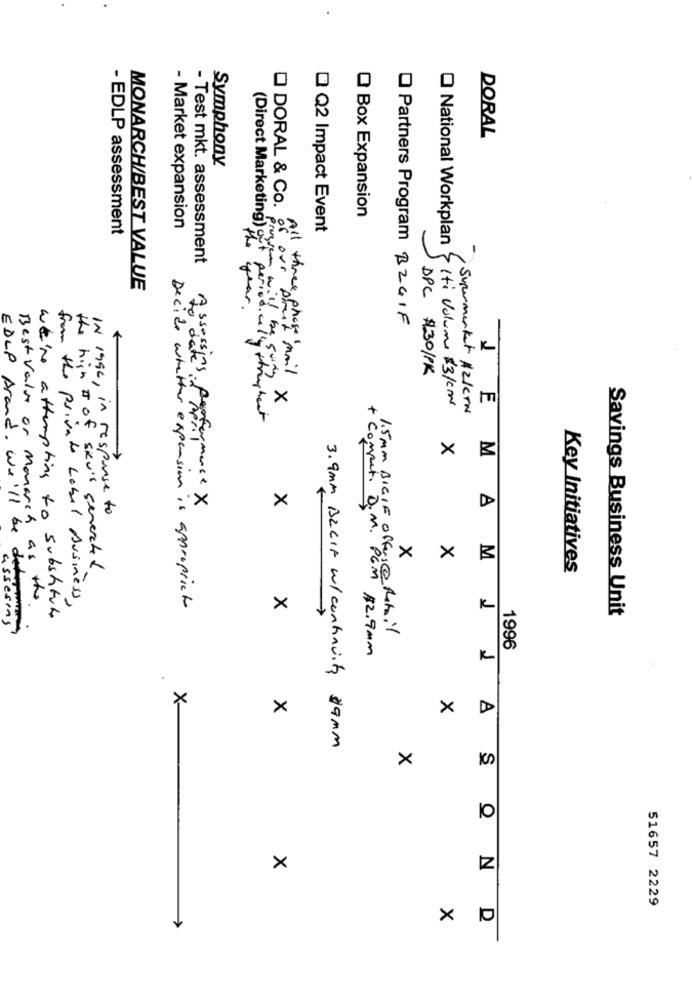
DORAL
Symphony
O Box Expansion
- EDLP assessment
- Market expansion
Q Q2 Impact Event
National Workplan
- Test mkt. assessment
of our
MONARCH/BEST VALUE
( Direct Marketing ) o+ peric
year .
Partners Program BZGIF
DPC #30/PK
DORAL & Co All threethis mail x
Iti Volume $3/cm
Supermarket Azkern
JE
X
M
X
IN 1996, in response to
Assessing Performance X
X
X
the high I of sku's generated
AM
Key Initiatives
EDLP Arand. we'll be det
Best Value or Monarch as the
from the private Label Business ,
we're attempting to substitute
Decide whether expansion is appropriate
X
K
Savings Business Unit
assesing
1.5Mm BIGIF Offers@Mail
1996
+ Competi D.M. PGM $2.9mm
1
.
X
X
X
3.9mm BLEIF W/ continuity 39mm
X
10
x
X
51657 2229
× 1
SOND